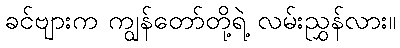
ခင်ဗျားက ကျွန်တော်တို့ရဲ့ လမ်းညွှန်လား။